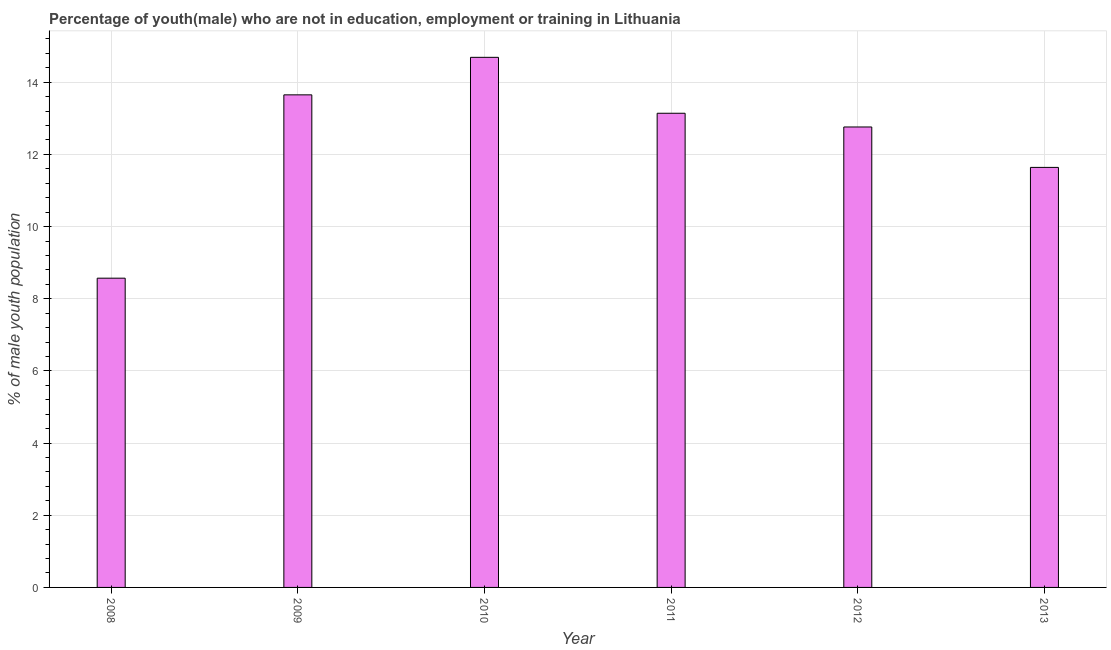
| Year | Unemployed(male) |
 | --- | --- |
 | 2008 | 8.57 |
 | 2009 | 13.6 |
 | 2010 | 14.7 |
 | 2011 | 13.1 |
 | 2012 | 12.8 |
 | 2013 | 11.6 |